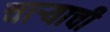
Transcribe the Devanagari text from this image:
चाऱ्याची